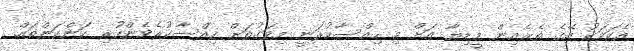
އެކަމަކު އޭގެ ތެރެއިން މީޑިޔާ އަށް މި ހިއްސާކުރަނީ މިވަގުތަށް ހިއްސާކުރެވެންހުރި ކަންކަންތައް.